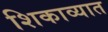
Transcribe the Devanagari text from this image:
शिकाव्यात